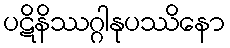
ပဋိနိဿဂ္ဂါနုပဿိနော